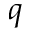
q